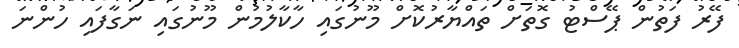
ފޭރު ފަތުން ޕޭސްޓު ގޮތަށް ތައްޔާރުކޮށް މޫނުގައި ހާކާލުމުން މޫނުގައި ނަގާފައި ހުންނަ